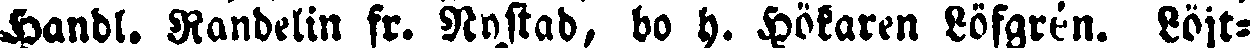
Handl. Randelin fr. Nystad, bo h. Hökaren Löfgrén. Löjt-